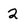
Character: 2